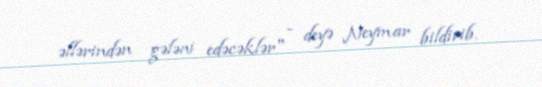
əllərindən gələni edəcəklər" - deyə Neymar bildirib.